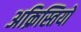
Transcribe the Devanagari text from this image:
अक्रिस्तियों